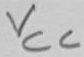
Text: VCC